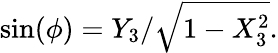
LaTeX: \sin(\phi)=Y_{3}/{\sqrt{1-X_{3}^{2}}}.